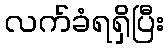
လက်ခံရရှိပြီး